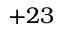
+ 2 3